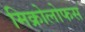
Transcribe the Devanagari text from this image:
मिक्रोलोफस